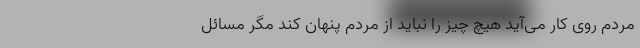
مردم روی کار می‌آید هیچ چیز را نباید از مردم پنهان کند مگر مسائل